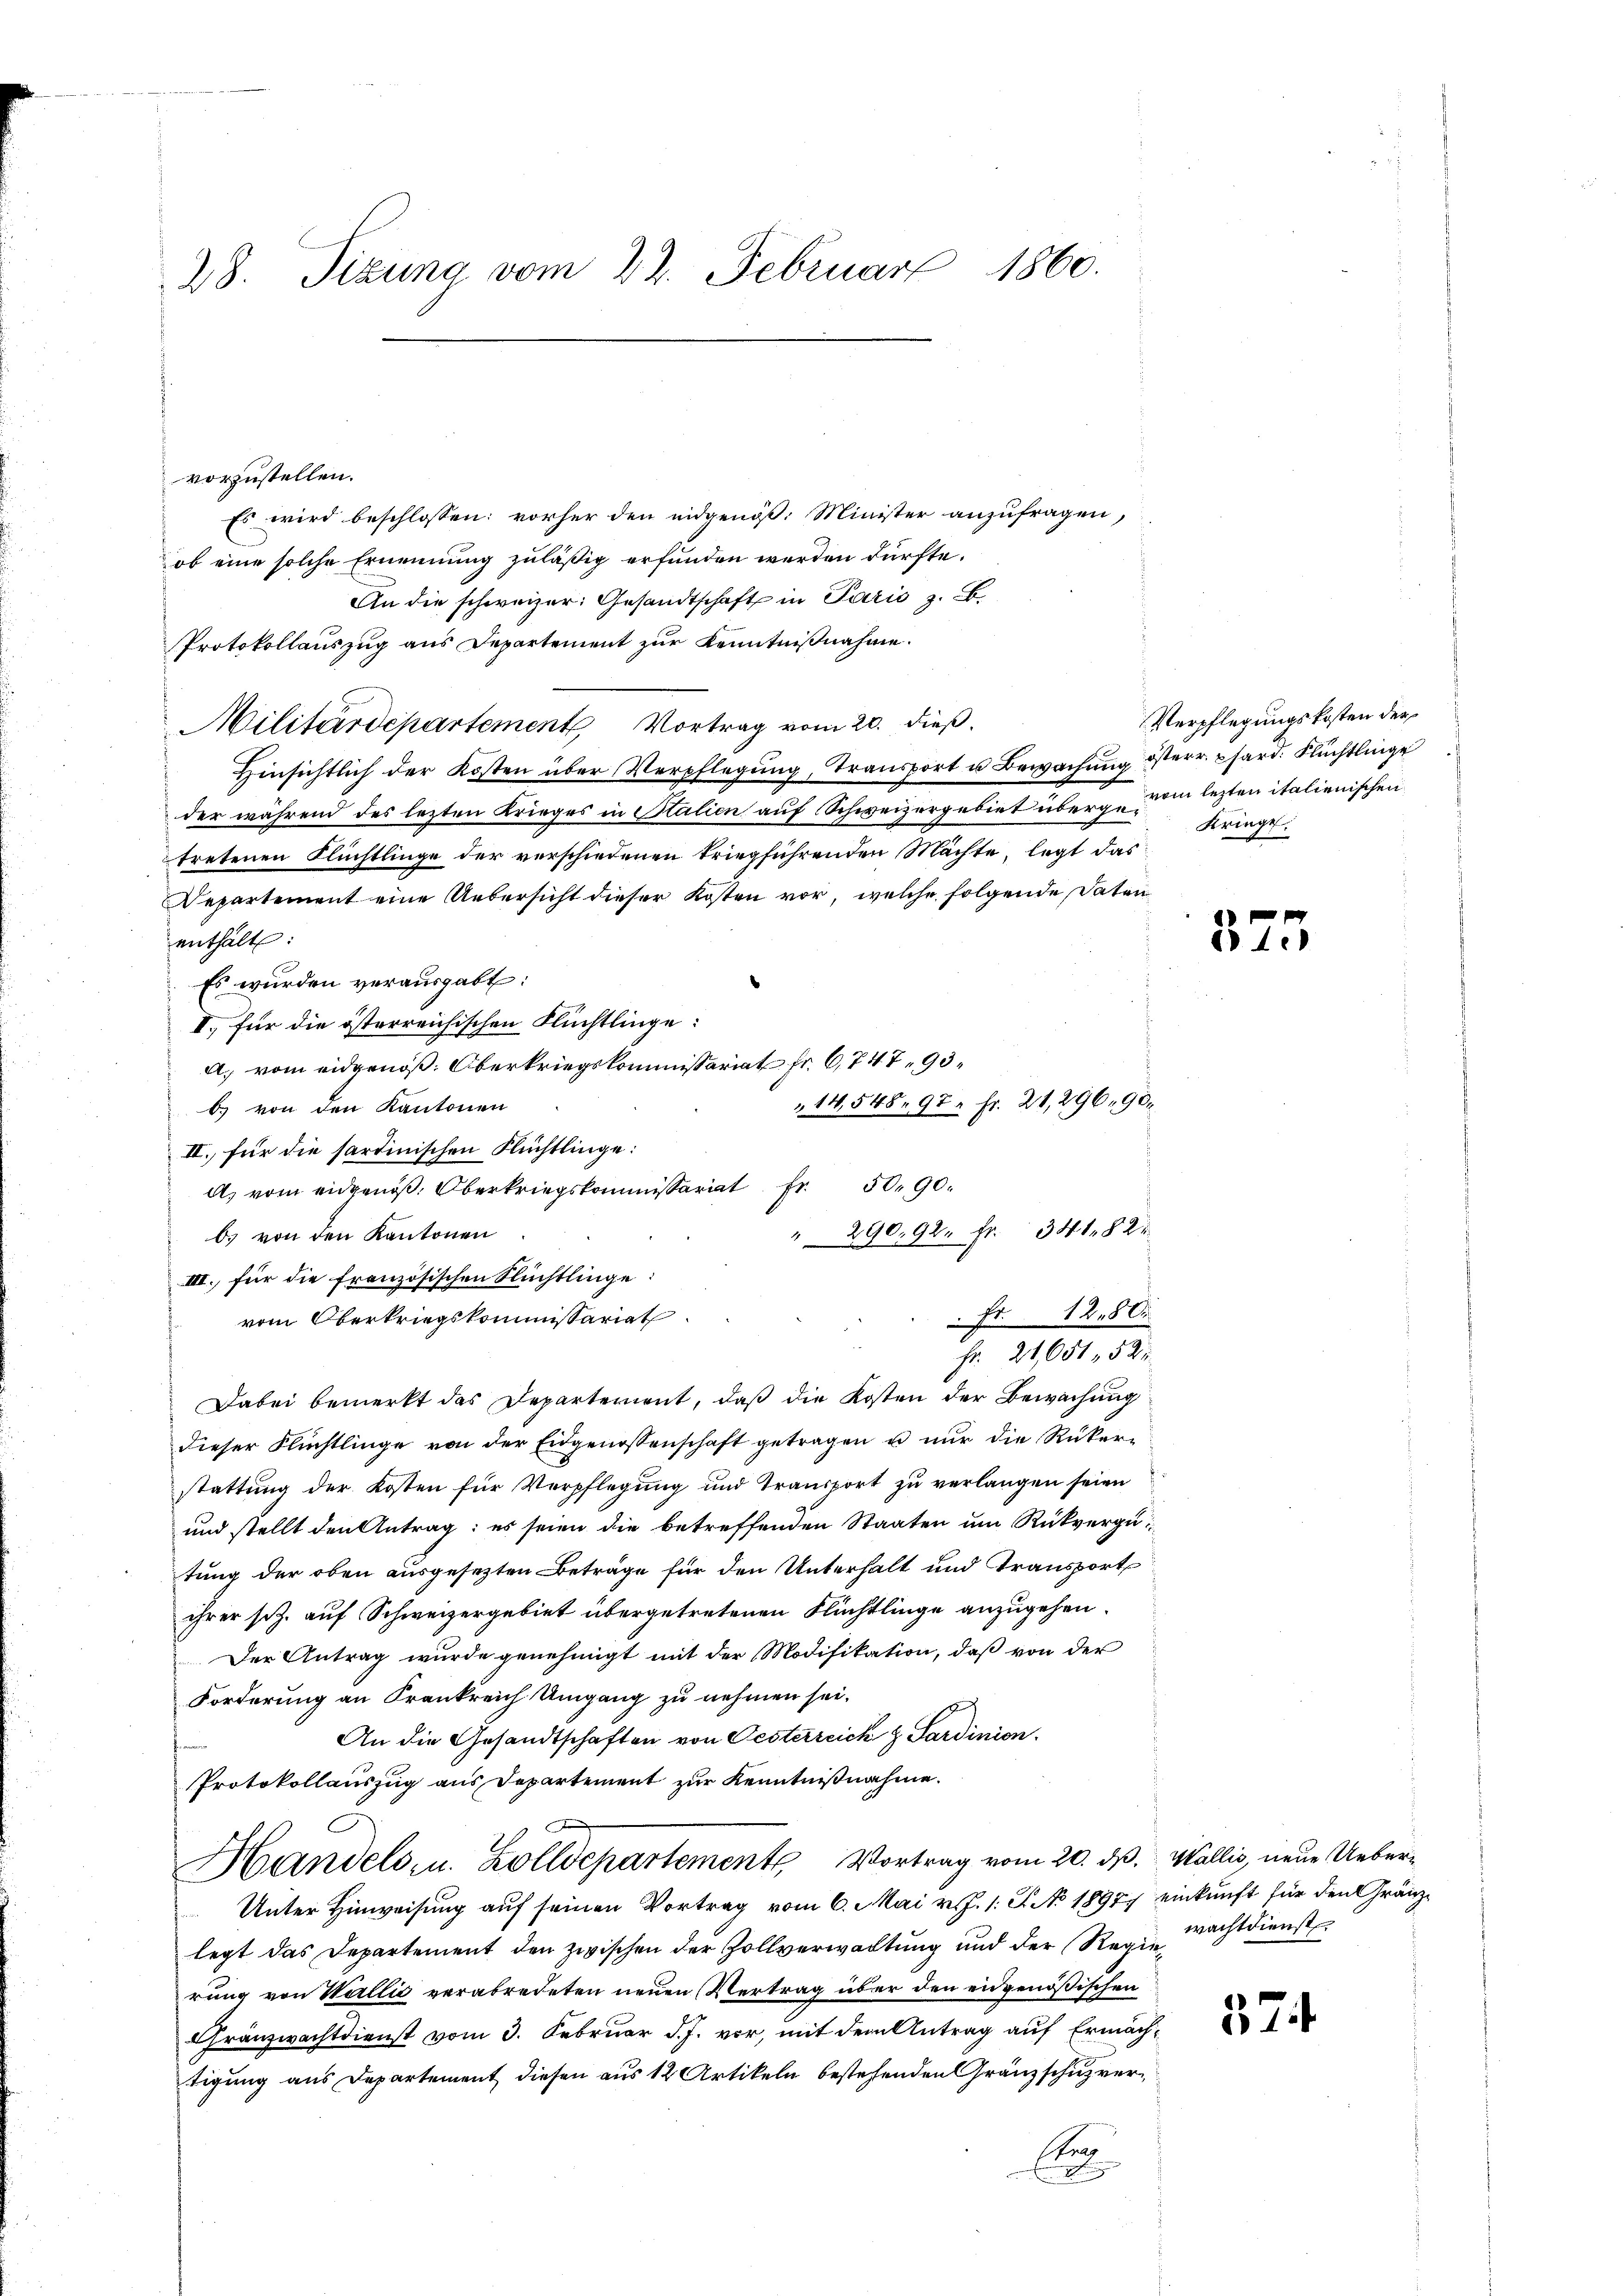
28. Sizung vom 22. Februar 1860.

vorzustellen.
Es wird beschlossen: vorher den eidgenöß: Minister anzufragen,
ob eine solche Ernennung zuläßig erfunden werden dürfte.
An die schweizer: Gesandtschaft in Paris z. B.
Protokollauszug aus Departement zur Kenntnißnahme.
Militärdepartement Vortrag vom 20. dieß.
Hinsichtlich der Kosten über Verpflegung, Transport u Bewachung österr. phard. Flüchtlinge
der während des lezten Krieges in Stalien auf Schweizergebiet überge vom lezten italienischen
tretenen Flüchtlinge der verschiedenen triegführenden Mächte, legt das
Departement eine Uebersicht dieser Kosten vor, welche folgende Daten
enthält:
Es wurden verausgabt:
I. für die österreichischen Flüchtlinge:
A. vom eidgenöß. Oberkriegskommissariat Fr. 6, 747, 93
14,548. 97 Fr. 21, 296, 90,
b. von den Kantonen
II. für die sartinischen Flüchtlinge:
A. vom eidgenöß. Oberkriegskommissariat 50 90.
" 290, 92. Fr. 341,82
b) von den Kantonen
III. für die französischen Flüchtlinge:
Fr. 1280.
vom Oberkriegskommissariat
Fr. 21651. 522
Dabei bemerkt das Departement, daß die Kosten der Bewachung
dieser Flüchtlinge von der Eidgenossenschaft getragen u nur die Rükerstattung der Kosten für Verpflegung und Transport zu verlangen seien
und stellt den Antrag: es seien die betreffenden Staaten um Rückvergütung der oben ausgesezten Beträge für den Unterhalt und Transport
ihrer sez. auf Schweizergebiet übergetretenen Flüchtlinge anzugehen.
Der Antrag wurde genehmigt mit der Modifikation, daß von der
Forderung an Frankreich Umgang zu nehmen sei.
An die Gesandtschaften von Oesterreich & Sardinion.
Protokollauszug aus Departement zur Kenntnißnahme.
Handels- u. Zolldepartemente Vortrag vom 20. ds. Wallis, neue Ueber¬
Unter Hinweisung auf seinen Vortrag vom 6. Mai v. J. 1: Ao 1898 einkunft für den Gränzlegt das Departement den zwischen der Zollverwaltung und der Regierung von Wallić verabredeten neuen Vertrag über den eidgenößischen
Gränzwachtdienst vom 3. Februar d. J. vor, mit dem Antrag auf Ermächtigung aus Departement diesen aus 12 Artikeln bestehenden Gränzschuzver¬
Er

Verpflegungskosten der
Kriege.

373

wachtdienst

374